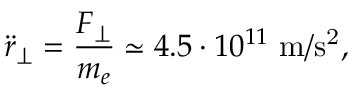
\ddot { r } _ { \perp } = \frac { F _ { \perp } } { m _ { e } } \simeq 4 . 5 \cdot 1 0 ^ { 1 1 } ~ \mathrm { m / s ^ { 2 } } ,